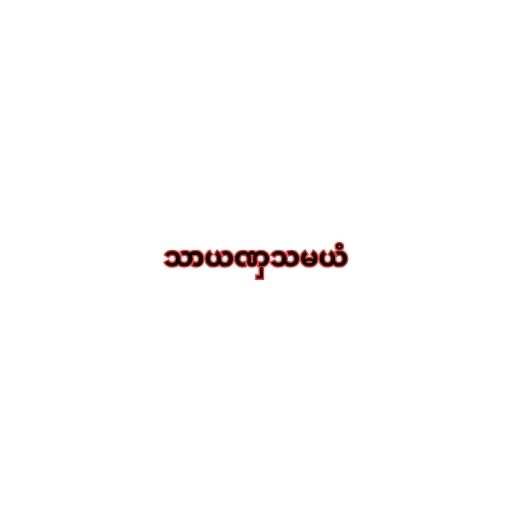
သာယဏှသမယံ